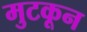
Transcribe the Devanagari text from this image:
मुटकून